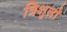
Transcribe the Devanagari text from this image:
त्रिशुलों